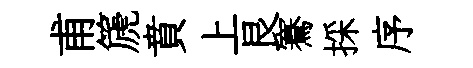
甫篪賁上艮騫採序